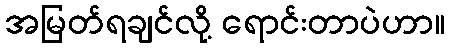
အမြတ်ရချင်လို့ ရောင်းတာပဲဟာ။